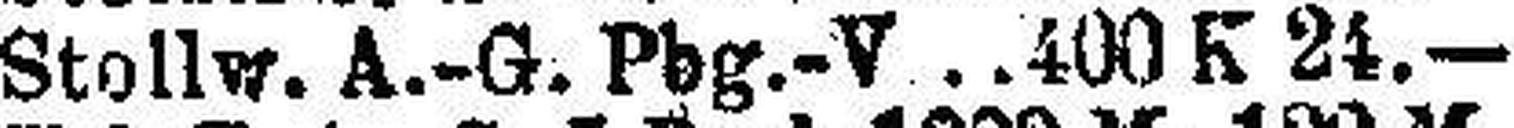
Stollw. A.-G. Pbg-V. 400 K 24.—